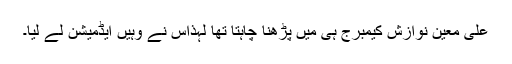
علی معین نوازش کیمبرج ہی میں پڑھنا چاہتا تھا لہٰذاس نے وہیں ایڈمیشن لے لیا۔